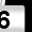
Digit: 6